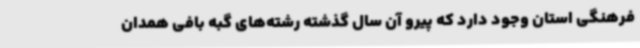
فرهنگی استان وجود دارد که پیرو آن سال گذشته رشته‌های گبه بافی همدان